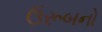
ઉરૂબનો